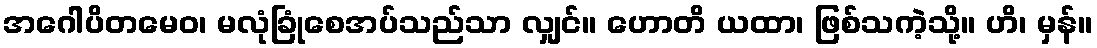
အဂေါပိတမေဝ၊ မလုံခြုံစေအပ်သည်သာ လျှင်။ ဟောတိ ယထာ၊ ဖြစ်သကဲ့သို့။ ဟိ၊ မှန်။